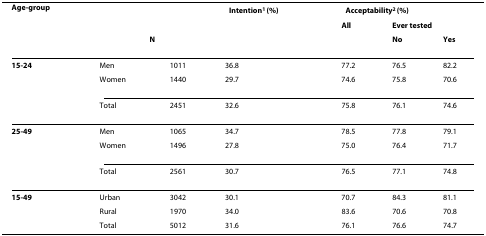
<table><thead><tr><td><b>Age-group</b></td><td></td><td></td><td><b>Intention<sup>1 </sup>(%)</b></td><td colspan="3"><b>Acceptability<sup>2 </sup>(%)</b></td></tr><tr><td></td><td></td><td></td><td></td><td><b>All</b></td><td colspan="2"><b>Ever tested</b></td></tr><tr><td></td><td colspan="2"><b>N</b></td><td></td><td></td><td><b>No</b></td><td><b>Yes</b></td></tr></thead><tbody><tr><td><b>15-24</b></td><td>Men</td><td>1011</td><td>36.8</td><td>77.2</td><td>76.5</td><td>82.2</td></tr><tr><td></td><td>Women</td><td>1440</td><td>29.7</td><td>74.6</td><td>75.8</td><td>70.6</td></tr><tr><td></td><td>Total</td><td>2451</td><td>32.6</td><td>75.8</td><td>76.1</td><td>74.6</td></tr><tr><td><b>25-49</b></td><td>Men</td><td>1065</td><td>34.7</td><td>78.5</td><td>77.8</td><td>79.1</td></tr><tr><td></td><td>Women</td><td>1496</td><td>27.8</td><td>75.0</td><td>76.4</td><td>71.7</td></tr><tr><td></td><td>Total</td><td>2561</td><td>30.7</td><td>76.5</td><td>77.1</td><td>74.8</td></tr><tr><td><b>15-49</b></td><td>Urban</td><td>3042</td><td>30.1</td><td>70.7</td><td>84.3</td><td>81.1</td></tr><tr><td></td><td>Rural</td><td>1970</td><td>34.0</td><td>83.6</td><td>70.6</td><td>70.8</td></tr><tr><td></td><td>Total</td><td>5012</td><td>31.6</td><td>76.1</td><td>76.6</td><td>74.7</td></tr></tbody></table>